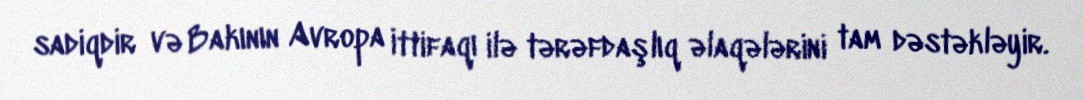
sadiqdir və Bakının Avropa İttifaqı ilə tərəfdaşlıq əlaqələrini tam dəstəkləyir.